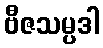
ဗီဇသမ္ပဒါ